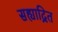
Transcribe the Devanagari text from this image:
सह्याद्रित